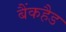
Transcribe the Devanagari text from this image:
बैंकहैड